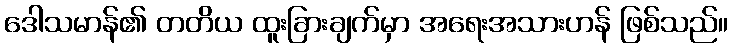
ဒေါသမာန်၏ တတိယ ထူးခြားချက်မှာ အရေးအသားဟန် ဖြစ်သည်။